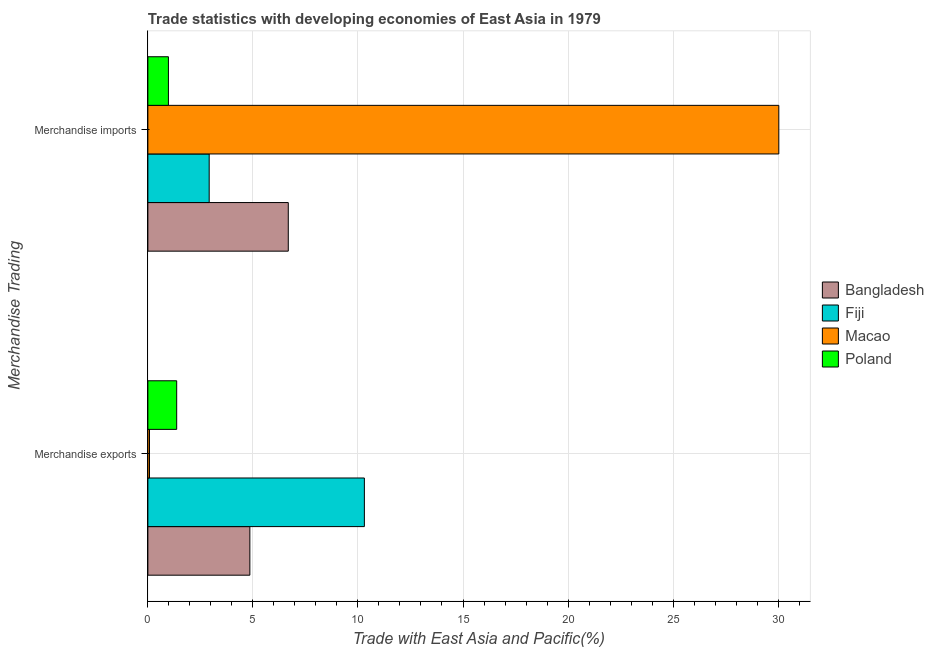
| Merchandise Trading | Bangladesh | Fiji | Macao | Poland |
 | --- | --- | --- | --- | --- |
 | Merchandise exports | 4.85 | 10.3 | 0.078 | 1.37 |
 | Merchandise imports | 6.68 | 2.92 | 30 | 0.979 |